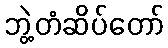
ဘွဲ့တံဆိပ်တော်